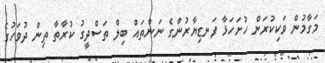
މަގާމުން ވަކިކުރަން ހުށަހަޅާ ފަނޑިޔާރުންގެ ނަންތައް ބިލް ތަސްދީގު ކުރާތާ ތިން ދުވަހުގެ